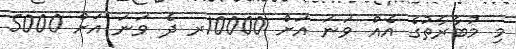
މި މުބާރާތުގެ އެއް ވަނަ އަށް 10000ރ ދެ ވަނަ އަށް 5000